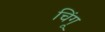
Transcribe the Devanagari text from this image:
चिंगू